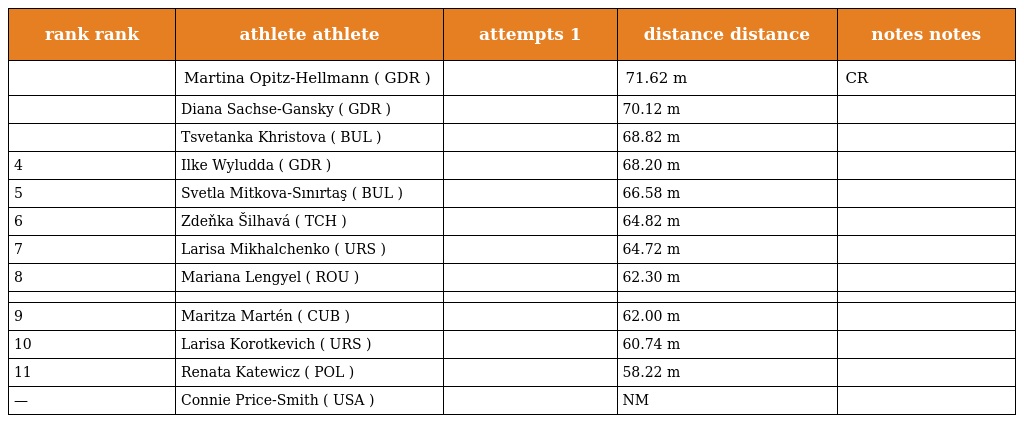
| rank rank | athlete athlete | attempts 1 | distance distance | notes notes |
 | --- | --- | --- | --- | --- |
 |  | Martina Opitz-Hellmann ( GDR ) |  | 71.62 m | CR |
 |  | Diana Sachse-Gansky ( GDR ) |  | 70.12 m |  |
 |  | Tsvetanka Khristova ( BUL ) |  | 68.82 m |  |
 | 4 | Ilke Wyludda ( GDR ) |  | 68.20 m |  |
 | 5 | Svetla Mitkova-Sınırtaş ( BUL ) |  | 66.58 m |  |
 | 6 | Zdeňka Šilhavá ( TCH ) |  | 64.82 m |  |
 | 7 | Larisa Mikhalchenko ( URS ) |  | 64.72 m |  |
 | 8 | Mariana Lengyel ( ROU ) |  | 62.30 m |  |
 |  |  |  |  |  |
 | 9 | Maritza Martén ( CUB ) |  | 62.00 m |  |
 | 10 | Larisa Korotkevich ( URS ) |  | 60.74 m |  |
 | 11 | Renata Katewicz ( POL ) |  | 58.22 m |  |
 | — | Connie Price-Smith ( USA ) |  | NM |  |